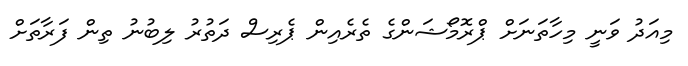
މިއަދު ވަނީ މިހާތަނަށް ޕްރޮމޯޝަންގެ ތެރެއިން ޕެރިސް ދަތުރު ލިބުނު ތިން ފަރާތަށް